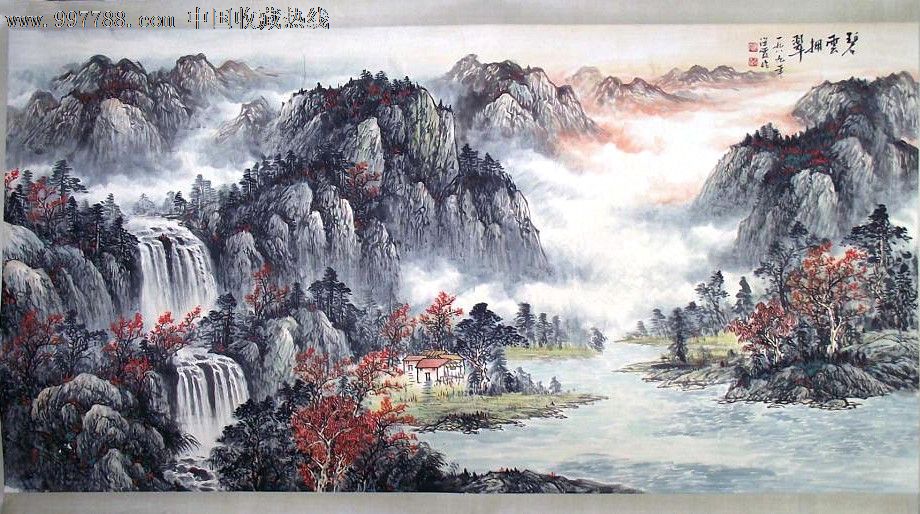
芳草句，碧云辞，低徊闲自思。